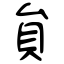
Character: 貟